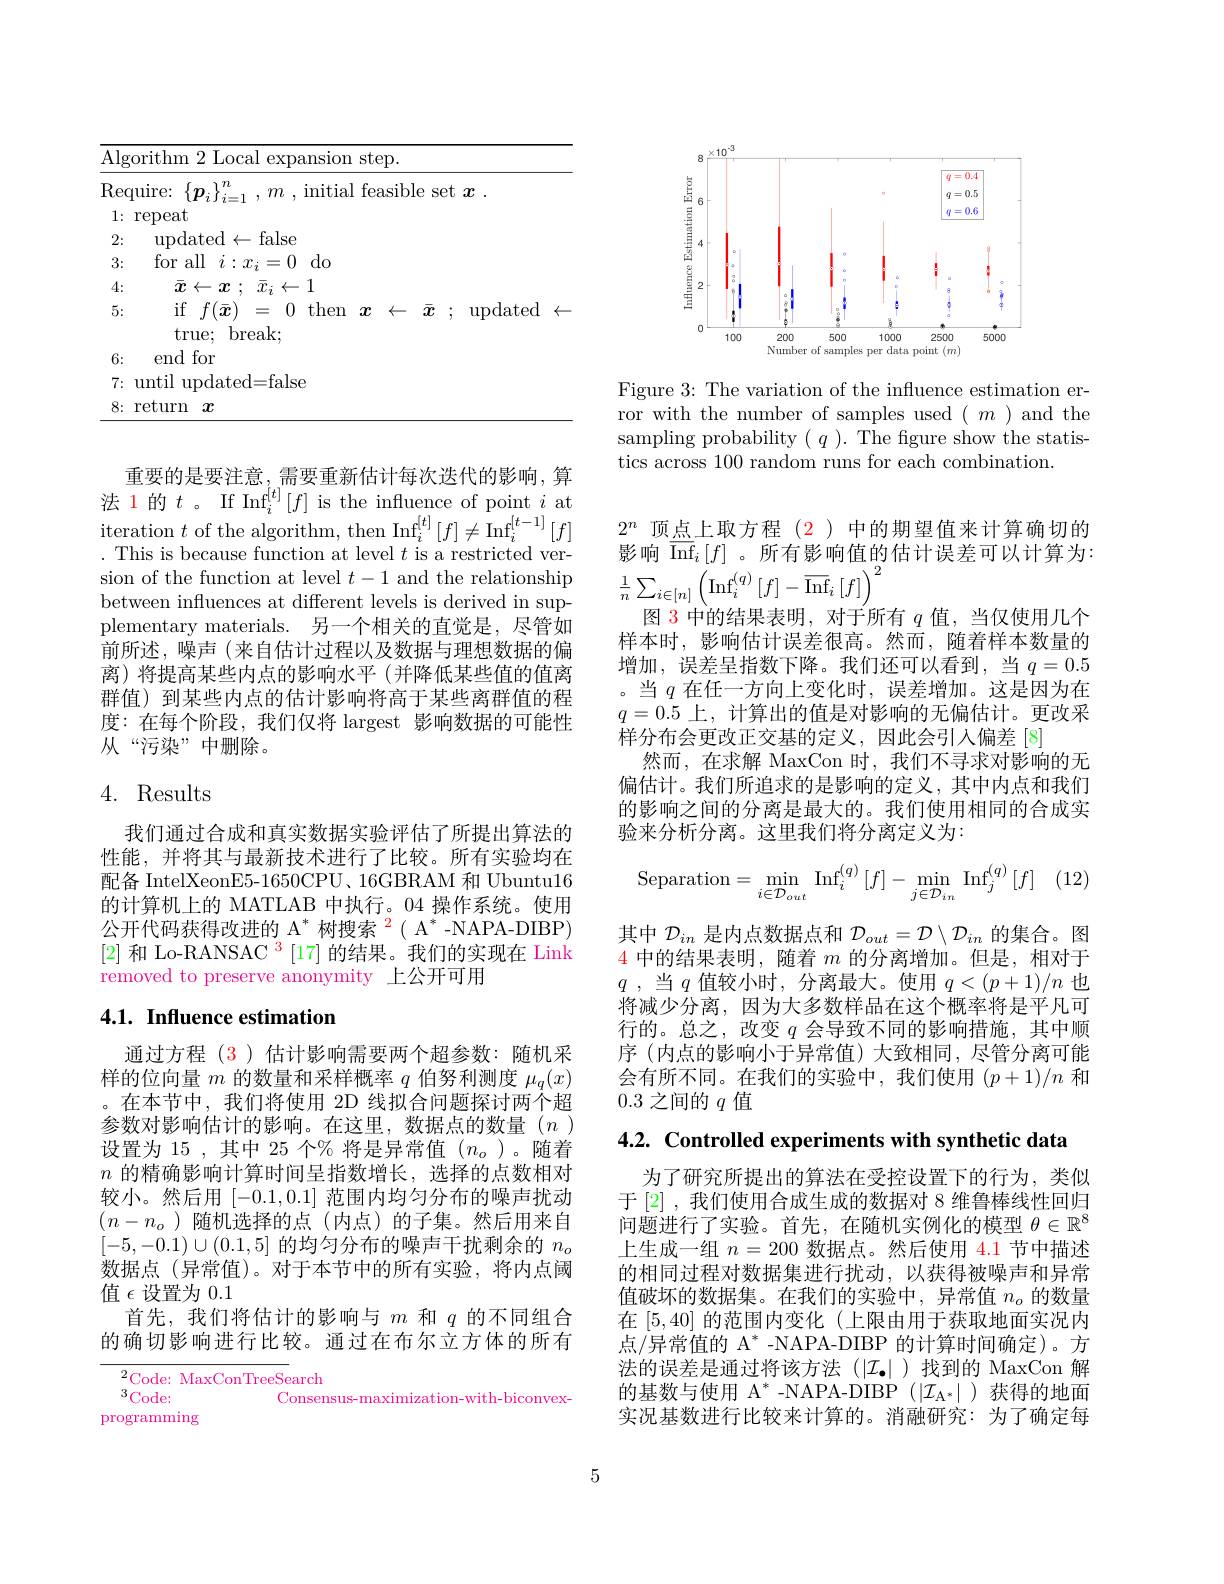
<table>
	<tbody>
		<tr>
			<td>$\underline{\mathrm{Algo}}$</td>
			<td>orithm 2 Local expansior</td>
			<td> </td>
			<td> </td>
		</tr>
		<tr>
			<td>Requ</td>
			<td>$uire:$ $\{p_{i}$ $m$ , initia</td>
			<td>ole $\zeta$ 1</td>
			<td>t $x$ 1</td>
		</tr>
		<tr>
			<td>1: 1</td>
			<td>repeat</td>
			<td> </td>
			<td> </td>
		</tr>
		<tr>
			<td>2:</td>
			<td>$\operatorname{updated}\leftarrow\operatorname{false}$</td>
			<td> </td>
			<td> </td>
		</tr>
		<tr>
			<td>3:</td>
			<td>for all $do$ $i:x_{i}$ =(1)</td>
			<td> </td>
			<td> </td>
		</tr>
		<tr>
			<td>4:</td>
			<td>$\bar{x} \leftarrow x$ ; $\bar{x} _{i}\leftarrow 1$</td>
			<td> </td>
			<td> </td>
		</tr>
		<tr>
			<td>5:</td>
			<td>$f(\bar{x})$ if 二 0t then true: break</td>
			<td>$\bar{x}$</td>
			<td>$\operatorname{updated}$</td>
		</tr>
		<tr>
			<td>6:</td>
			<td>end for</td>
			<td> </td>
			<td> </td>
		</tr>
		<tr>
			<td>7: 1</td>
			<td>until $^{*}$ $\operatorname{updated=false}$</td>
			<td> </td>
			<td> </td>
		</tr>
		<tr>
			<td>8: 1</td>
			<td>return $\mathcal{x}$</td>
			<td> </td>
			<td> </td>
		</tr>
	</tbody>
</table>

重要的是要注意，需要重新估计每次迭代的影响，算法 1 的$t$ 。If Inf$_i^{[t]}[f]$ is the influence of point $i$ at iteration $t$ of the algorithm, then Inf$_i^[t]\left[f\right]\neq$Inf$_i^{[t-1]}\left[f\right]$ . This is because function at level $t$ is a restricted version of the function at level $t-1$ and the relationship between influences at different levels is derived in supplementary materials.另一个相关的直觉是，尽管如前所述，噪声(来自估计过程以及数据与理想数据的偏离) 将提高某些内点的影响水平(并降低某些值的值离群值) 到某些内点的估计影响将高于某些离群值的程度：在每个阶段，我们仅将 largest 影响数据的可能性从“污染”中删除。

## 4. Results

我们通过合成和真实数据实验评估了所提出算法的性能，并将其与最新技术进行了比较。所有实验均在配备 IntelXeonE5-1650CPU、16GBRAM 和 Ubuntu16的计算机上的 MATLAB 中执行。04 操作系统。使用公开代码获得改进的$\mathrm{A}^*$树搜索$^{2}( \mathrm{A} ^* -$NAPA- DIBP) [2]和 Lo-RANSAC $^3[17]$的结果。我们的实现在 Link removed to preserve anonymity 上公开可用

## 4.1. Influence estimation

通过方程 (3)估计影响需要两个超参数：随机采样的位向量$m$的数量和采样概率$q$伯努利测度$\mu_q(x)$ 。在本节中，我们将使用 2D 线拟合问题探讨两个超参数对影响估计的影响。在这里，数据点的数量(n) 设置为 15 ,其中 25 个% 将是异常值($n_o$)。随着$n$的精确影响计算时间呈指数增长，选择的点数相对较小。然后用[-0.1,0.1]范围内均匀分布的噪声扰动$(n-n_o)$随机选择的点 (内点)的子集。然后用来自$[-5,-0.1)\cup(0.1,5]$的均匀分布的噪声干扰剩余的$n_o$ 数据点(异常值)。对于本节中的所有实验，将内点阈值$\epsilon$设置为0.1
首先，我们将估计的影响与$m$和$q$的不同组合的确切影响进行比较。通过在布尔立方体的所有

$^2$Code: MaxConTreeSearch
$3Code:$
Consensus-maximization-with-biconvex-
programming

<FigureHere>

Figure 3: The variation of the influence estimation error with the number of samples used $(m)$and the sampling probability $(q).$ The fgure show the statistics across 100 random runs for each combination.

$2^n$顶点上取方程(2)中的期望值来计算确切的影响$\overline{\mathrm{Inf}}_i[f]$。所有影响值的估计误差可以计算为： $\frac{1}{n}\sum_{i\in[n]}\left(\mathrm{Inf}_{i}^{(q)}\left[f\right]-\overline{\mathrm{Inf}}_{i}\left[f\right]\right)^{2}$
图 3 中的结果表明，对于所有$q$值，当仅使用几个样本时，影响估计误差很高。然而，随着样本数量的增加，误差呈指数下降。我们还可以看到，当$q=0.5$ 。当$q$在任一方向上变化时，误差增加。这是因为在$q=0.5$上，计算出的值是对影响的无偏估计。更改采样分布会更改正交基的定义，因此会引入偏差 [8]
然而，在求解 MaxCon 时，我们不寻求对影响的无偏估计。我们所追求的是影响的定义，其中内点和我们的影响之间的分离是最大的。我们使用相同的合成实验来分析分离。这里我们将分离定义为：
$$\text{Separation}=\min\limits_{i\in\mathcal{D}_{out}}\:\text{Inf}_{i}^{(q)}\left[f\right]-\min\limits_{j\in\mathcal{D}_{in}}\:\text{Inf}_{j}^{(q)}\left[f\right]$$
其中$\mathcal{D}_in$是内点数据点和$\mathcal{D}_out=\mathcal{D}\setminus\mathcal{D}_{in}$的集合。图4中的结果表明，随着$m$的分离增加。但是，相对于$q$ , $当$ $q$ 值较小时 , $分 离 最 大 。使 用$ $q< ( p+ 1) / n$ $也$ 将减少分离，因为大多数样品在这个概率将是平凡可行的。总之，改变$q$会导致不同的影响措施，其中顺序 (内点的影响小于异常值)大致相同，尽管分离可能会有所不同。在我们的实验中，我们使用($p+1)/n$和0.3之间的$q$值

4.2. Controlled experiments with synthetic data

为了研究所提出的算法在受控设置下的行为，类似于[2],我们使用合成生成的数据对 8 维鲁棒线性回归问题进行了实验。首先，在随机实例化的模型$\theta\in\mathbb{R}^8$ 上生成一组$n=200$数据点。然后使用 4.1 节中描述的相同过程对数据集进行扰动，以获得被噪声和异常值破坏的数据集。在我们的实验中，异常值$n_o$的数量在[5,40]的范围内变化(上限由用于获取地面实况内点/异常值的$\mathrm{A}^*$ -NAPA-DIBP 的计算时间确定)。方法的误差是通过将该方法(|$\mathcal{I}_\bullet|)找到的 MaxCon 解$ 的基数与使用$A^*$ - NAPA- DIBP ( | $I_\mathrm{A^* | ) }$获得的地面实况基数进行比较来计算的。消融研究：为了确定每

5